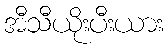
အီသီယိုးပီးယား